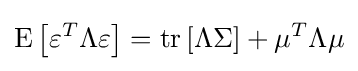
\operatorname {E} \left[\varepsilon ^{T}\Lambda \varepsilon \right]=\operatorname {tr} \left[\Lambda \Sigma \right]+\mu ^{T}\Lambda \mu